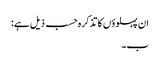
ان پہلوؤں کا تذکرہ حسب ذیل ہے:
ب۔